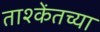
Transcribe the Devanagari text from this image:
ताश्केंतच्या